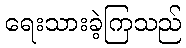
ရေးသားခဲ့ကြသည်